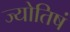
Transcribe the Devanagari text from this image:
ज्योतिषं